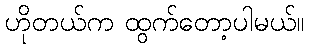
ဟိုတယ်က ထွက်တော့ပါမယ်။